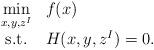
LaTeX: \begin{align*}\begin{array}{cl}\displaystyle\min_{x,y,z^I} & f(x)\\{\rm s.t.}& H(x,y,z^I)=0.\end{array}\end{align*}